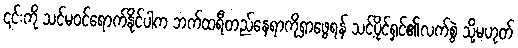
၎င်းကို သင်မဝင်ရောက်နိုင်ပါက ဘက်ထရီတည်နေရာကိုရှာဖွေရန် သင့်ပိုင်ရှင်၏လက်စွဲ သို့မဟုတ်